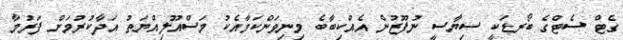
ގެޓް ސެޓްގެ ބޯރޑަކީ ސިޔާސީ ނުފޫޒުން އެއްކިބާބެ މިނިވަންކަމާއެކު މަސްއޫލިއްޔަތު އަދާކުރުމަށް ފަރުމާ